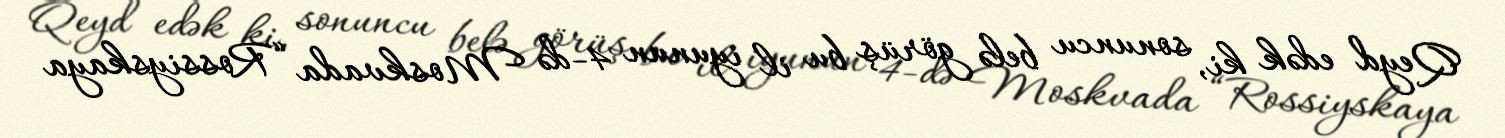
Qeyd edək ki, sonuncu belə görüş bu il iyunun 4-də Moskvada “Rossiyskaya